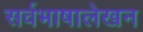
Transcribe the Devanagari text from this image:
सर्वभाषालेखन